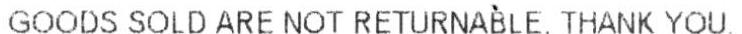
GOODS SOLD ARE NOT RETURNABLE, THANK YOU.